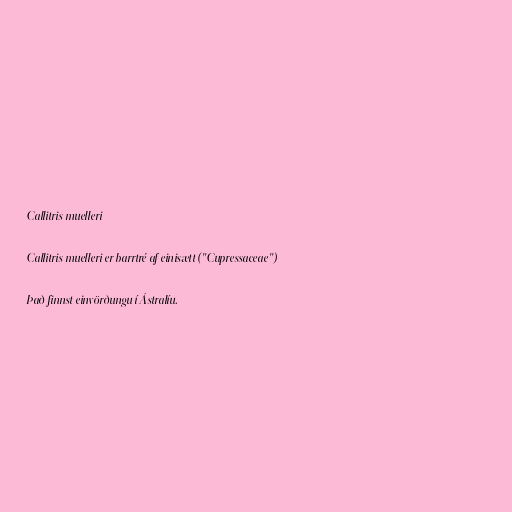
Callitris muelleri

Callitris muelleri er barrtré af einisætt ("Cupressaceae")

Það finnst einvörðungu í Ástralíu.